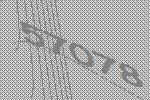
57078